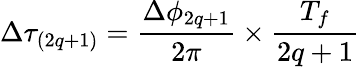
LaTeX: \Delta\tau_{(2q+1)}=\frac{\Delta\phi_{2q+1}}{2\pi}\times\frac{T_{f}}{2q+1}